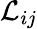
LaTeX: {\mathcal{L}}_{ij}